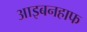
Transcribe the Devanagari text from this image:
आइबनहाफ